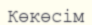
Көкөсім